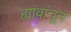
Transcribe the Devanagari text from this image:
ह्यावांचून